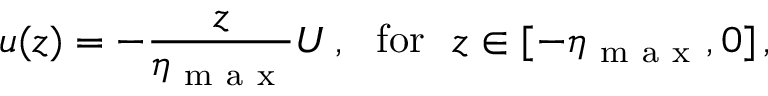
u ( z ) = - \frac { z } { \eta _ { \mathrm { ~ m ~ a ~ x ~ } } } U \, , \ \ \mathrm { f o r } \ \ z \in [ - \eta _ { \mathrm { ~ m ~ a ~ x ~ } } , 0 ] \, ,